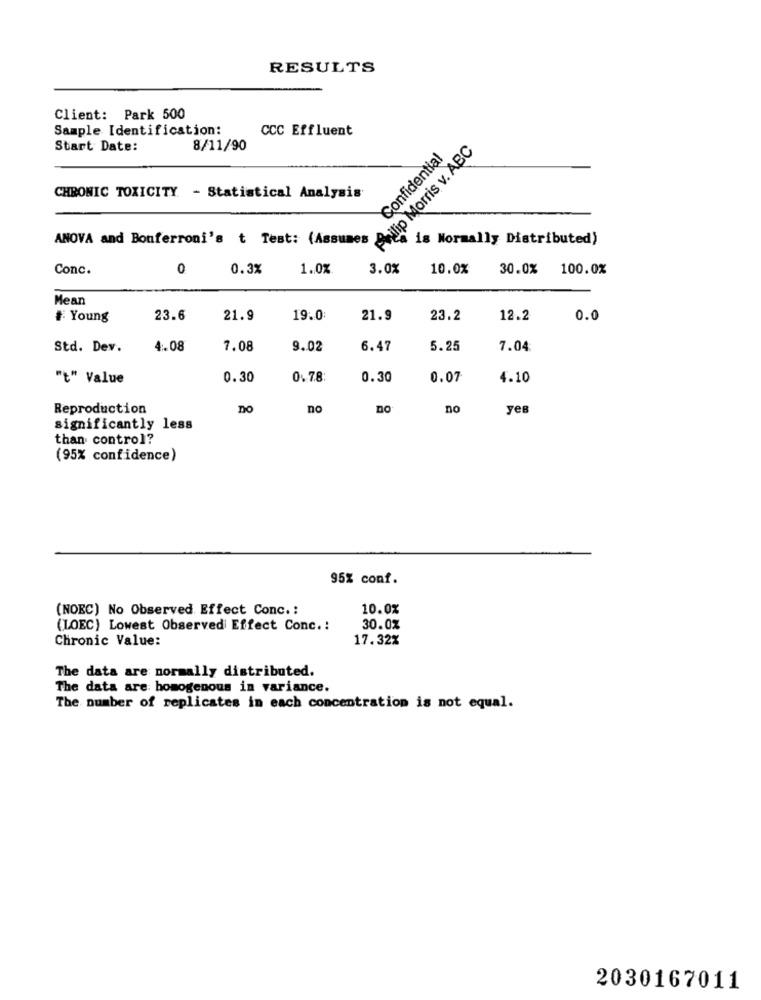
RESULTS
Client: Park 500
Sample Identification:
CCC Effluent
Start Date:
8/11/90
Philip Morris v. ABC
Confidential
CHRONIC TOXICITY - Statistical Analysis
ANOVA and Bonferroni's t Test: (Assumes
is Normally Distributed)
Conc.
0
0.3%
1.0%
3.0%
10.0%
30.0% 100.0%
Mean
# Young
23.6
21.9
19.0:
21.9
23.2
12.2
0.0
Std. Dev.
4.08
7.08
9.02
6.47
5.25
7.04
"t" Value
0.30
0.78:
0.30
0.07
4.10
Reproduction
DO
no
no
yes
significantly less
than control?
(95% confidence)
95% conf.
(NOEC) No Observed Effect Conc .:
10.0%
(LOEC) Lowest Observed Effect Conc .:
30.0%
Chronic Value:
17.32%
The data are normally distributed.
The data are homogenous in variance.
The number of replicates in each concentration is not equal.
2030167011